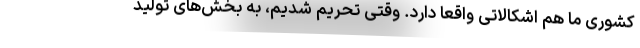
کشوری ما هم اشکالاتی واقعاً دارد. وقتی تحریم‌ شدیم، به بخش‌های تولید